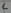
Text: 6